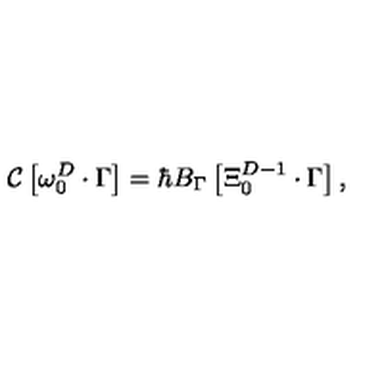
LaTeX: { \cal C } \left[ \omega _ { 0 } ^ { D } \cdot \Gamma \right] = \hbar B _ { \Gamma } \left[ \Xi _ { 0 } ^ { D - 1 } \cdot \Gamma \right] ,